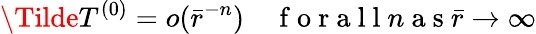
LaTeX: \Tilde{T}^{(0)}=o(\bar{r}^{-n})\quad\mathrm{~f~o~r~a~l~l~}n\mathrm{~a~s~}\bar{r}\rightarrow\infty